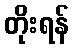
တိုးရန်